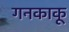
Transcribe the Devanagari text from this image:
गनकाकू